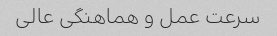
سرعت عمل و هماهنگی عالی